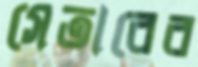
সেতারের